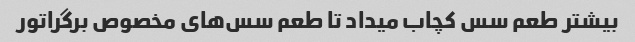
بیشتر طعم سس کچاب میداد تا طعم سس‌های مخصوص برگراتور